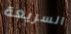
السريعة